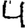
Digit: 4